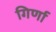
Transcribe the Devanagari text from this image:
गिर्णा